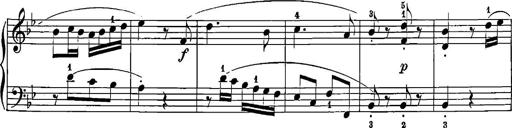
Title: 12 Sonatinas
Composer: Ignaz Pleyel